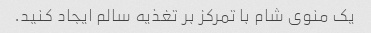
یک منوی شام با تمرکز بر تغذیه سالم ایجاد کنید.